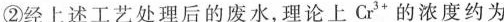
②经上述工艺处理后的废水，理论上Cr^{3+}的浓度约为